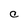
Character: C